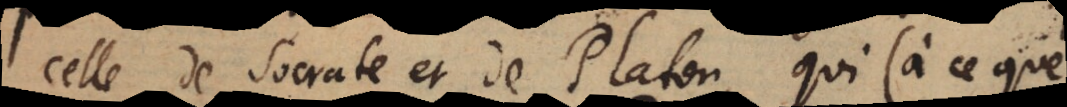
celle de Socrate et de Platon, qui (à ce que